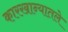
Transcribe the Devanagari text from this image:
कारखान्यातले